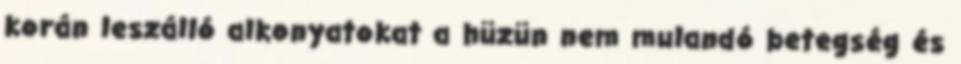
korán leszálló alkonyatokat a hüzün nem mulandó betegség és